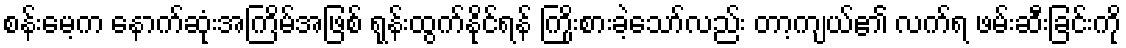
စန်းမေ့က နောက်ဆုံးအကြိမ်အဖြစ် ရုန်းထွက်နိုင်ရန် ကြိုးစားခဲ့သော်လည်း တာ့ကျယ်၏ လက်ရ ဖမ်းဆီးခြင်းကို